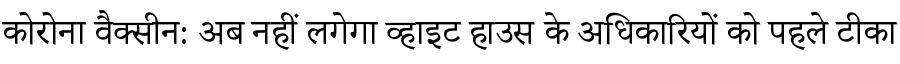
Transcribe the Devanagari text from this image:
कोरोना वैक्सीन: अब नहीं लगेगा व्हाइट हाउस के अधिकारियों को पहले टीका